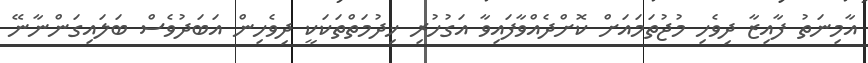
އާމިނަތު ފާއިޒާ ދިވެހި މުޖުތަމައަށް ކޮށްދެއްވާފައިވާ އަގުހުރި ޚިދުމަތްތަކަކީ ދިވެހިން އަބަދުވެސް ބަލައިގަންނާނޭ